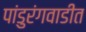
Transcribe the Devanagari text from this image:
पांडुरंगवाडीत